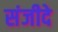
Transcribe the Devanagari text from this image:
संजीदे